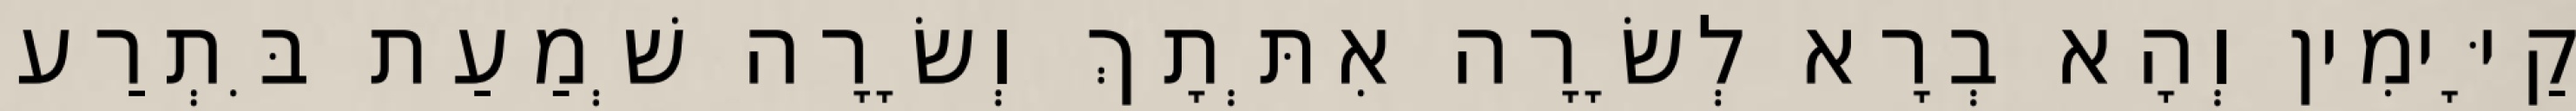
קַיָּימִין וְהָא בְרָא לְשָׂרָה אִתְּתָךְ וְשָׂרָה שְׁמַעַת בִּתְרַע